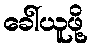
ခေါ်ယူဖို့